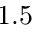
1 . 5